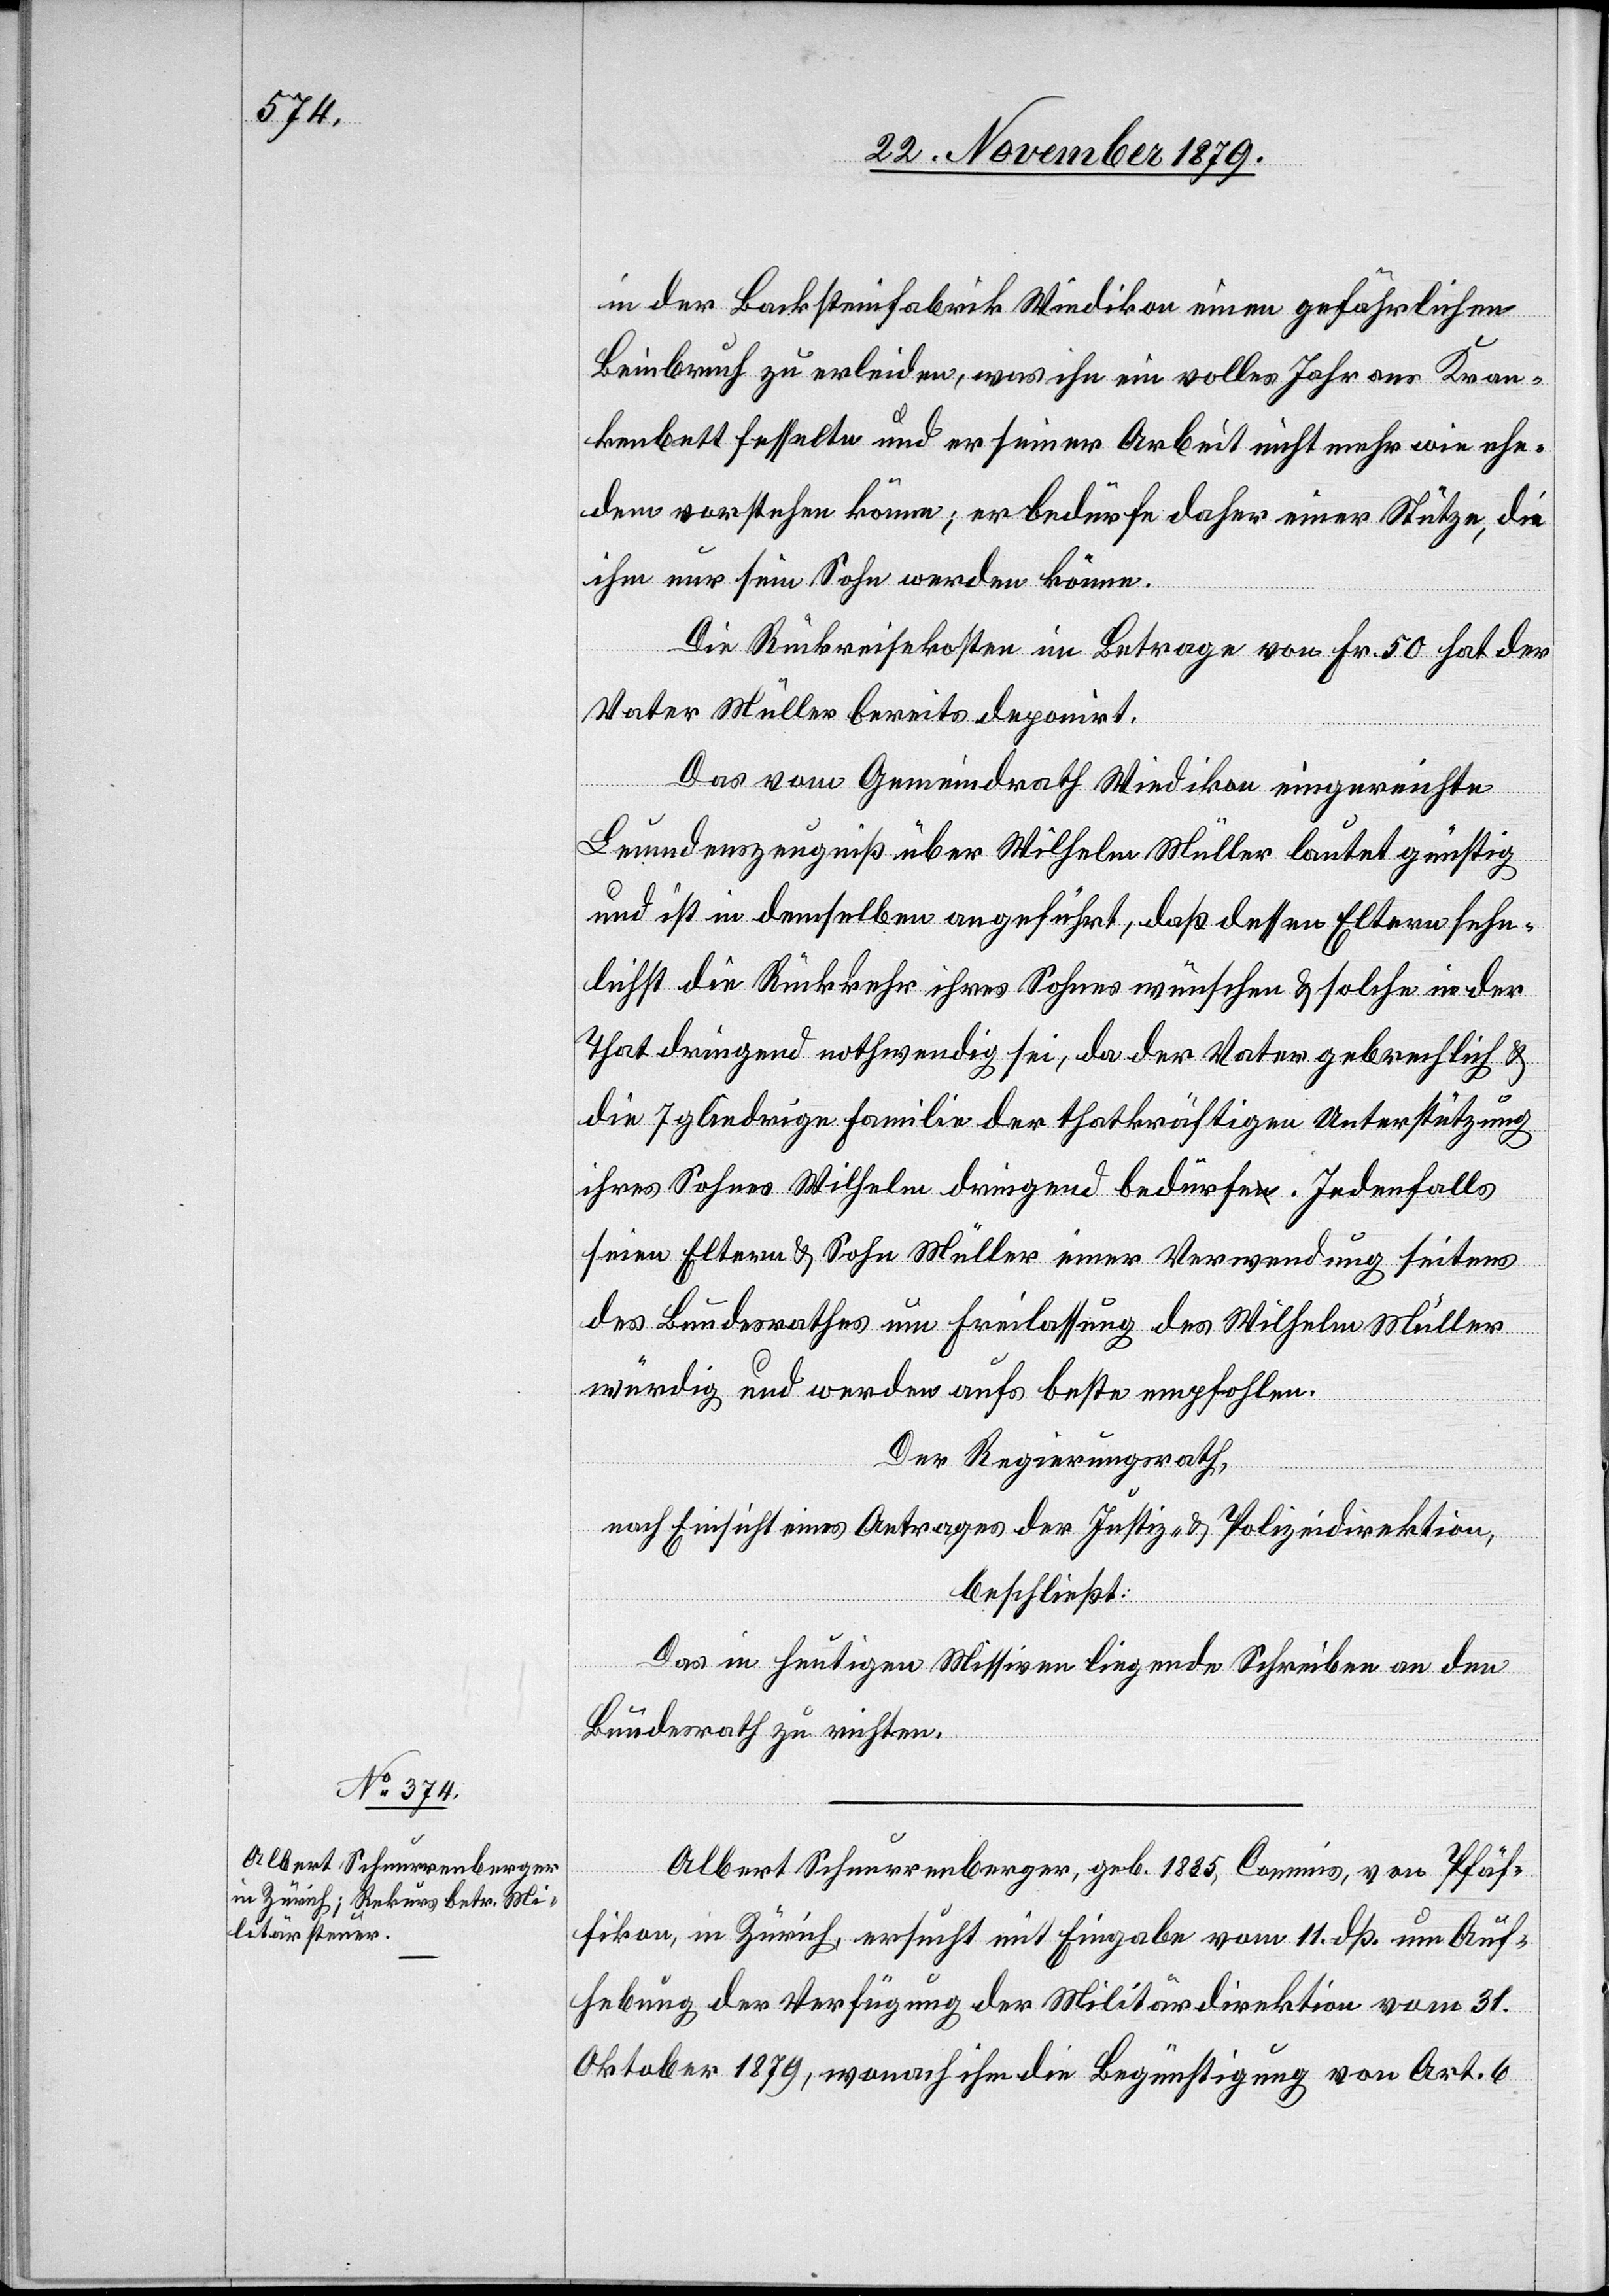
in der Backsteinfabrik Wiedikon einen gefährlichen
Beinbruch zu erleiden, was ihn ein volles Jahr ans Kran¬
kenbett fesselte und er seiner Arbeit nicht mehr wie ehe¬
dem vorstehen könne; er bedürfe daher einer Stütze, die
ihm nur sein Sohn werden könne.
Die Rückreisekosten im Betrage von Fr. 50 hat der
Vater Müller bereits deponirt.
Das vom Gemeindrath Wiedikon eingereichte
Leumundszeugniß über Wilhelm Müller lautet günstig
und ist in demselben angeführt, daß dessen Eltern sehn¬
lichst die Rückkehr ihres Sohnes wünschen & solche in der
That dringend nothwendig sei, da der Vater gebrechlich &
die 7 gliedrige Familie der thatkräftigen Unterstützung
ihres Sohnes dringend bedürfe. Jedenfalls
seien Eltern & Sohn Müller einer Verwendung seitens
des Bundesrathes um Freilassung des Wilhelm Müller
würdig und werden aufs beste empfohlen.
Der Regierungsrath,
nach Einsicht eines Antrages der Justiz- & Polizeidirektion,
beschließt:
Das in heutigen Missiven liegende Schreiben an den
Bundesrath zu richten.
Albert Schnurrenberger, geb. 1835, Commis, von Pfäf¬
fikon, in Zürich, ersucht mit Eingabe vom 11. dß. um Auf¬
hebung der Verfügung der Militärdirektion vom 31.
Oktober 1879, wonach ihm die Begünstigung von Art. 6